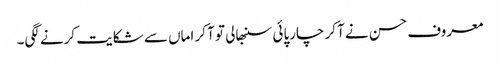
معروف حسن نے آ کر چارپائی سنبھالی تو آ کر اماں سے شکایت کرنے لگی۔